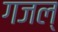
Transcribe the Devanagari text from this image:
गजल्